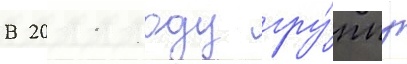
В 2011 году гру́ппу